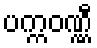
ပက္ကဝဏ္ဏီ